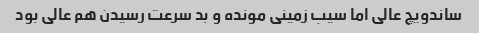
ساندویچ عالی اما سیب زمینی مونده و بد سرعت رسیدن هم عالی بود